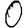
Digit: 0